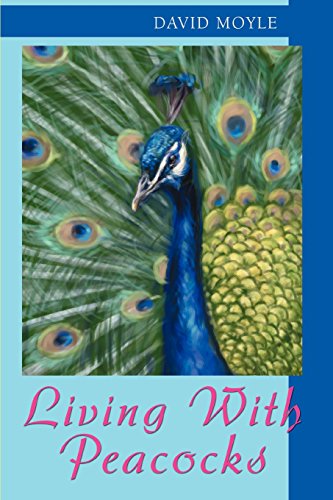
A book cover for Living With Peacocks; David Moyle; Crafts, Hobbies & Home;